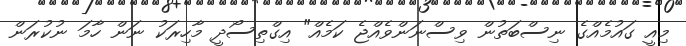
މިއީ ގައުމެއްގެ ނިސްބަތުން ވިސްނަންވެއްޖެ ކަމެއް" އިގްތިސޯދީ މާހިރަކު ނަން ހާމަ ނުކުރަން